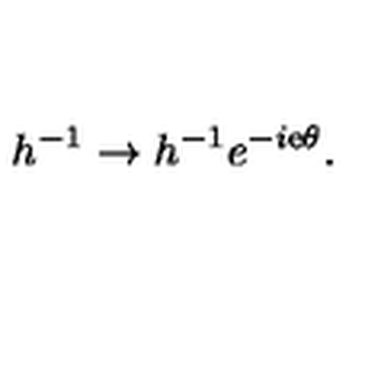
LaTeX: h ^ { - 1 } \to h ^ { - 1 } { e } ^ { - i { \mathrm { e } } \theta } .